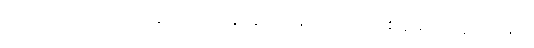
ပိတာ၊ အဖတည်း။ ဣတိအာဒိနာနယေန၊ ဤသို့ အစရှိသော နည်းဖြင့်။